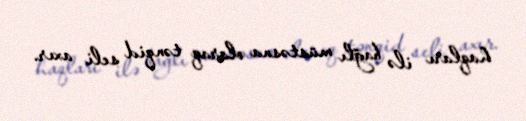
haqları ilə bağlı müstəsna olaraq tənqid seli axır.